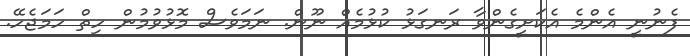
ފެނުނީ އެންމެ އެކަށީގެންވާ ރަނގަޅު ކުޅުމެއް ނޫން. ނަމަވެސް މޮޅުވުމުން ހިތް ހަމަޖެހޭ.